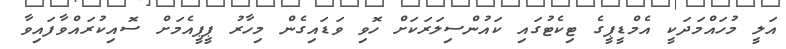
އަލީ މުހައްމަދަކީ އެމްޑީޕީގެ ޓިކެޓުގައި ކައުންސިލަރަކަށް ހޮވި ވަޑައިގެން މިހާރު ޕީޕީއެމަށް ސޮއިކުރައްވާފައިވާ